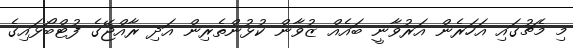
މި މެޗުގައި އަހަރެން އަރުވާނީ ބައެއް ޒުވާން ކުޅުންތެރިން އަދި ރާއްޖޭގެ ފުޓްބޯޅައިގެ